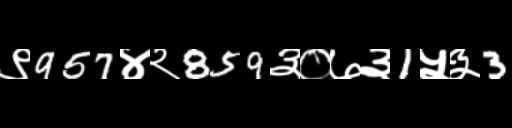
Text: ९957४२859३०७३1५३3